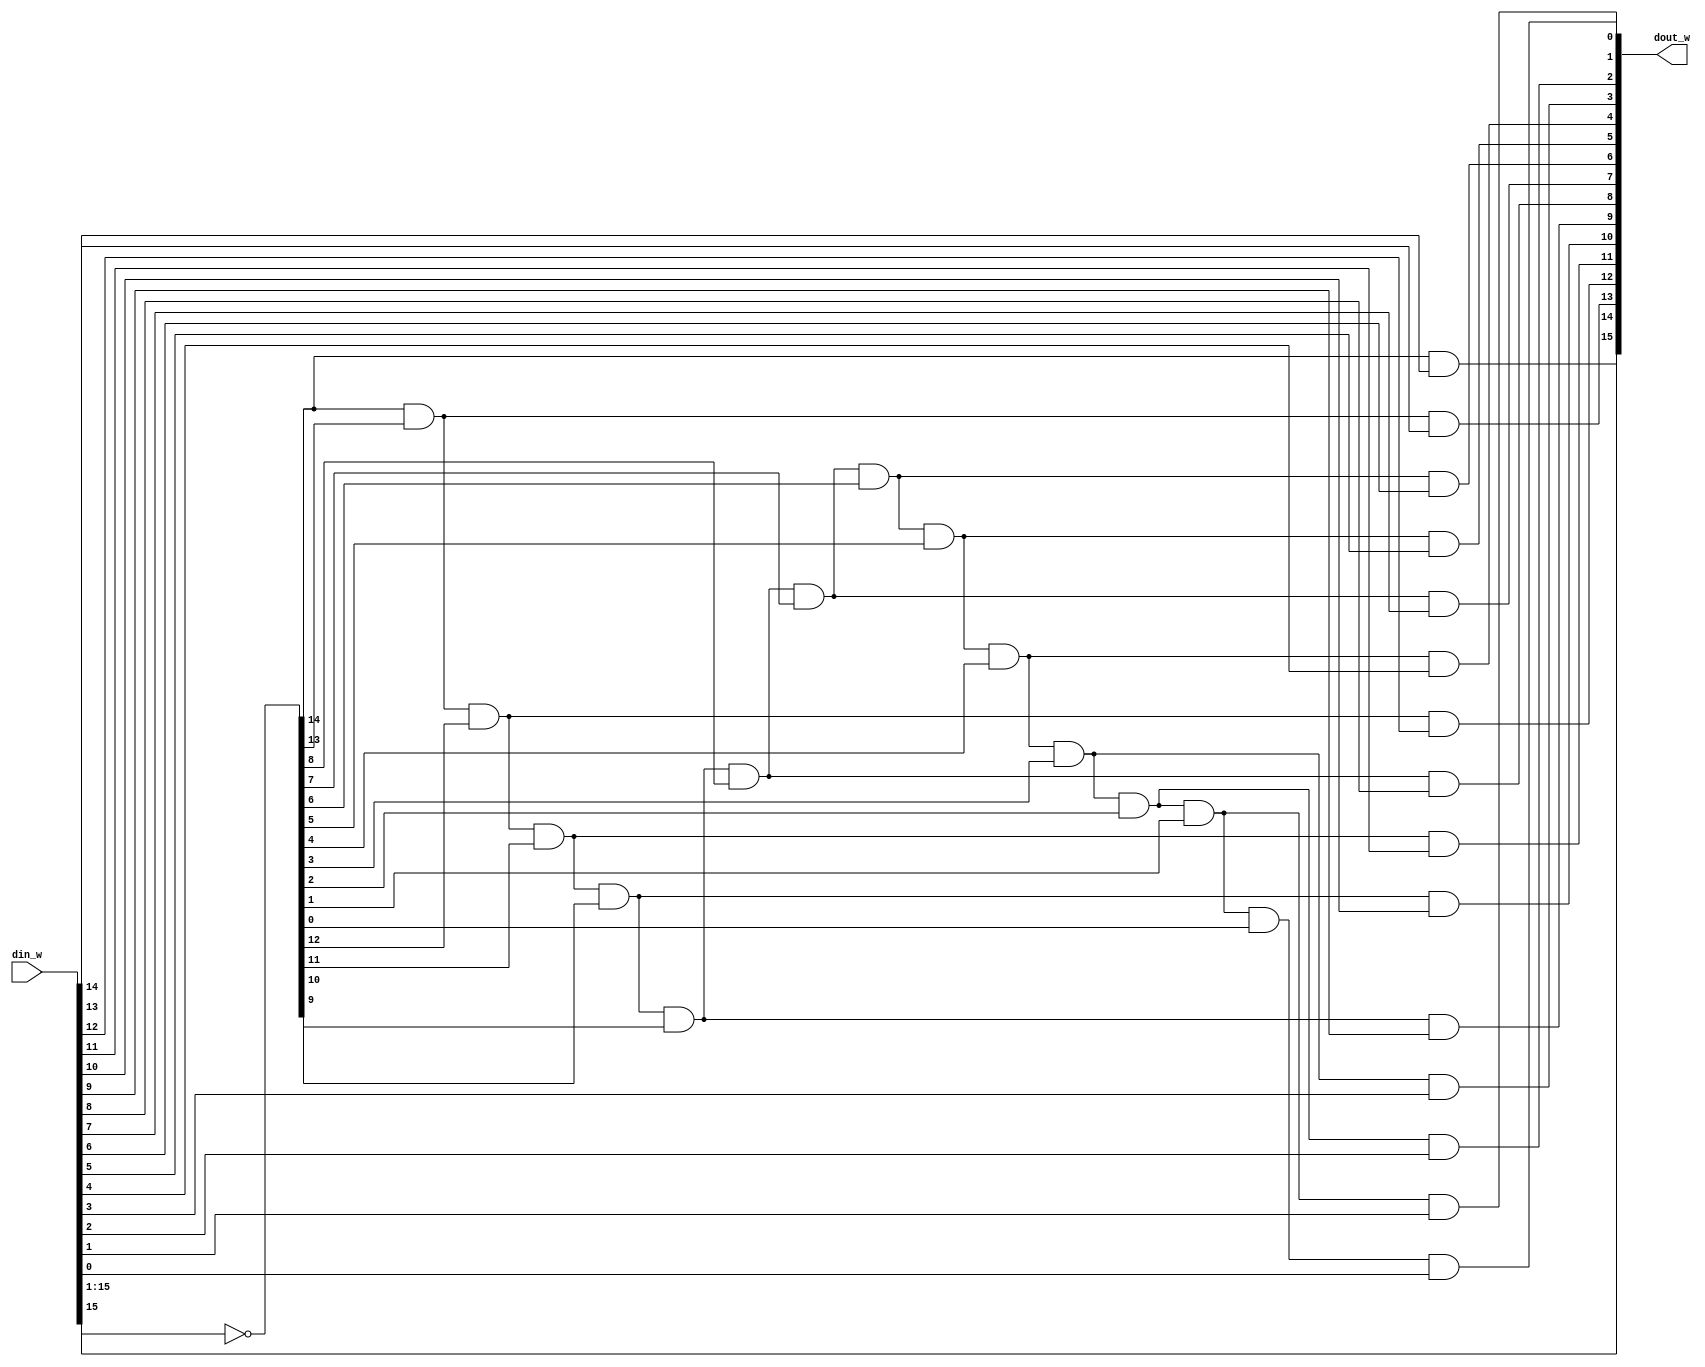
	//********************************	 DEFINE	**************************************************
	
	`define INPUT_SIZE  			16
	
	//*******************************************************************************************
	
	module LOD
	(
	din_w,
	dout_w
	);
	
	//******************************** input & output *******************************************************

	input 		[`INPUT_SIZE-1:0]						din_w;	
	output reg	[`INPUT_SIZE-1:0]  						dout_w;
	
	//********************************************************************************
	
	reg 		[`INPUT_SIZE-1:1]						not_w;
	reg 		[`INPUT_SIZE-3:0]						and_1_w;
	reg 		[`INPUT_SIZE-2:0]						and_2_w;
	integer 	i;

	//********************************************************************************
	always @(*)
		begin
			//***************************************************************************
			not_w=~din_w[`INPUT_SIZE-1:1];
			and_1_w[`INPUT_SIZE-3]=not_w[`INPUT_SIZE-1]&not_w[`INPUT_SIZE-2];
			//***************************************************************************
			for (i=`INPUT_SIZE-2;i>=2;i=i-1)
				begin
					and_1_w[i-2]=and_1_w[i-1]&not_w[i-1];
				end			
			//***************************************************************************
			dout_w[`INPUT_SIZE-1]=din_w[`INPUT_SIZE-1];
			dout_w[`INPUT_SIZE-2]=not_w[`INPUT_SIZE-1]&din_w[`INPUT_SIZE-2];
			//***************************************************************************
			for (i=`INPUT_SIZE-3;i>=0;i=i-1)
				begin
					dout_w[i]=and_1_w[i]&din_w[i];
				end	
			//***************************************************************************
		end
	
endmodule